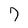
Character: 7